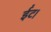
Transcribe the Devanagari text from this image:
ईंट।